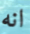
انه